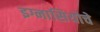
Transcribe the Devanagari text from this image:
इग्नासियोचे